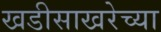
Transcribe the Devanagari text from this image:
खडीसाखरेच्या